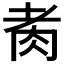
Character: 𦙩